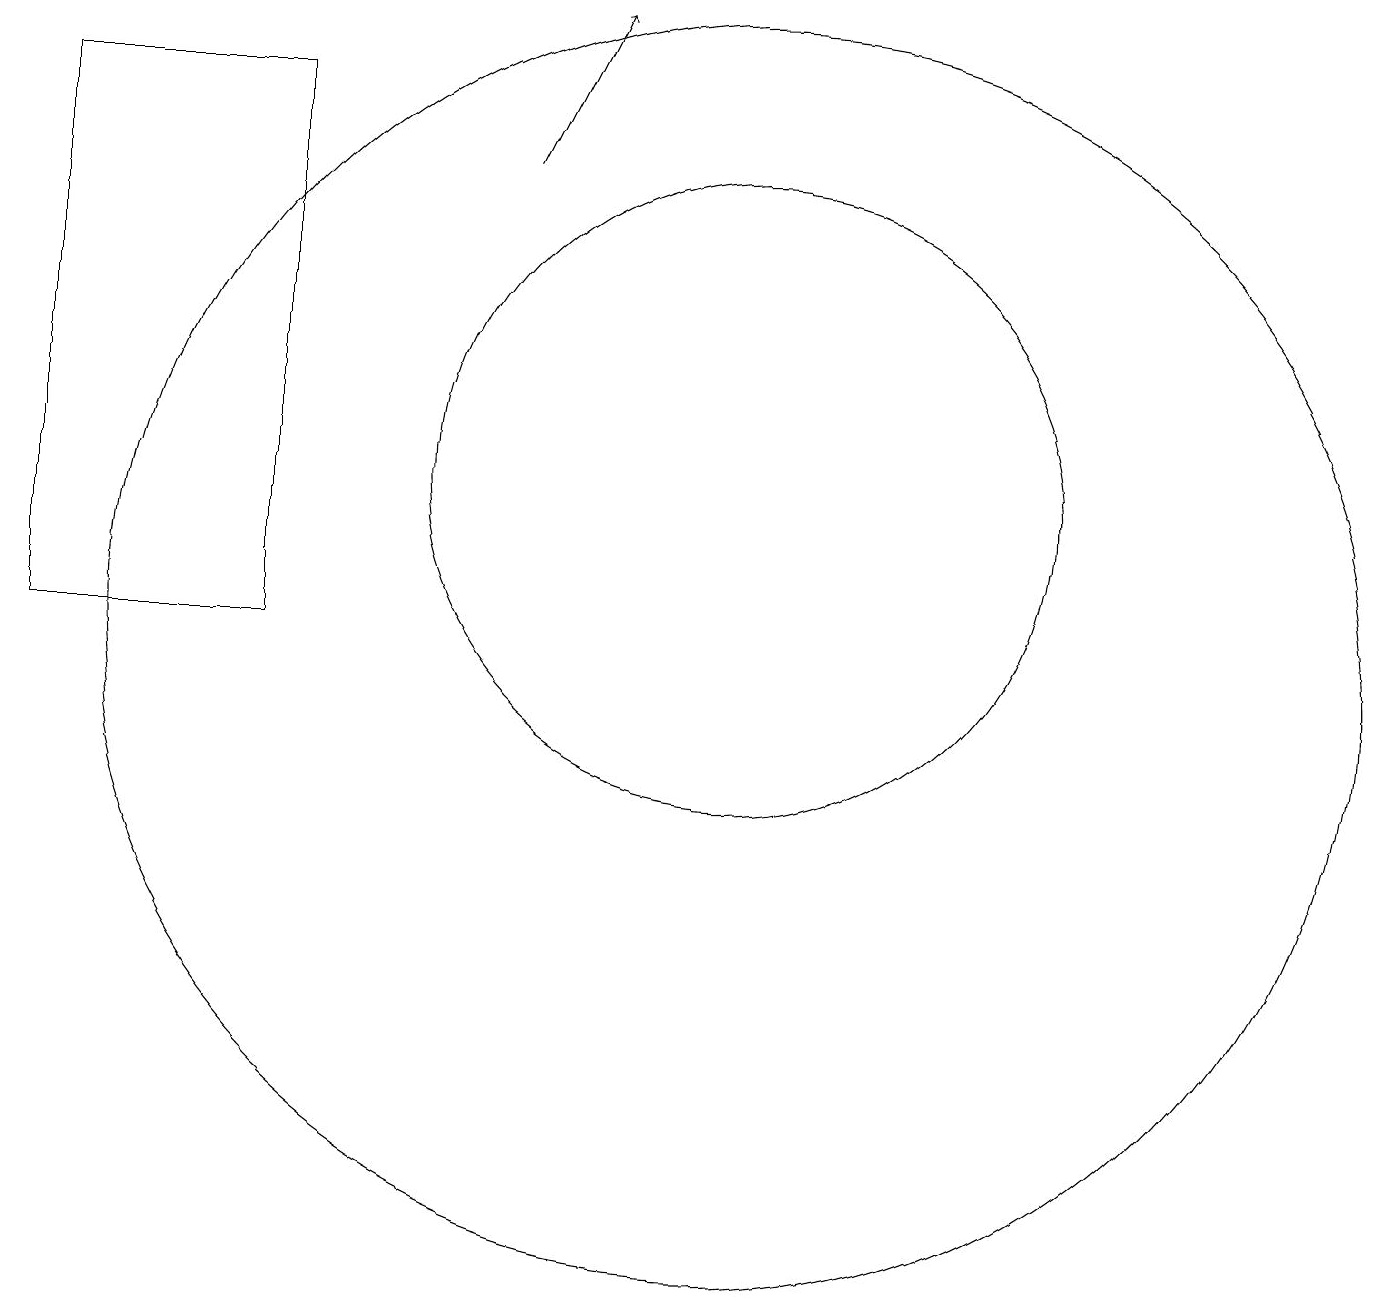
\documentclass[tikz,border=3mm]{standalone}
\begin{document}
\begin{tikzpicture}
\draw[->] (8,16) -- (9,18);
\draw (11,10) circle (8);
\draw (11,12) circle (4);
\draw (2,10) rectangle (5,17);
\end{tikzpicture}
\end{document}